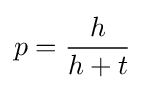
p\,\!={\frac {h}{h+t}}